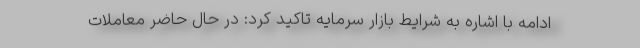
ادامه با اشاره به شرایط بازار سرمایه تاکید کرد: در حال حاضر معاملات